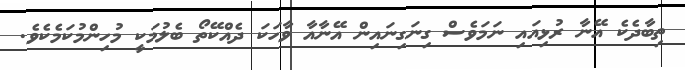
ތިބާދެކެ އޭނާ ރުޅިއައި ނަމަވެސް ގިނަގިނައިން އޭނާއާ ވާހަކަ ދެއްކޭތޯ ބެލުމަކީ މުހިންމުކަމެކެވެ.